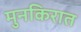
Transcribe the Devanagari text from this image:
मुनकिरात